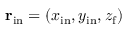
{ \bf r } _ { \mathrm { i n } } = ( x _ { \mathrm { i n } } , y _ { \mathrm { i n } } , z _ { \mathrm { f } } )